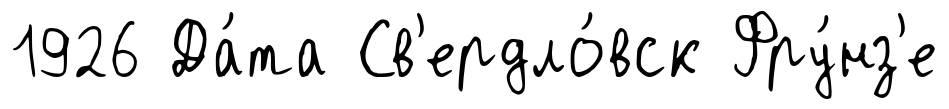
1926 Да́та Св'ердло́вск Фру́нз'е